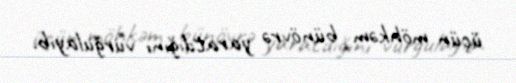
üçün möhkəm bünövrə yaratdığını vurğulayıb.